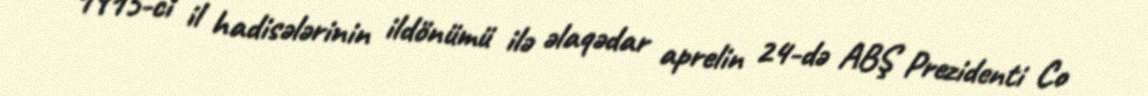
1915-ci il hadisələrinin ildönümü ilə əlaqədar aprelin 24-də ABŞ Prezidenti Co